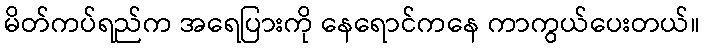
မိတ်ကပ်ရည်က အရေပြားကို နေရောင်ကနေ ကာကွယ်ပေးတယ်။